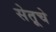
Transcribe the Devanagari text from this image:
सेतूचे